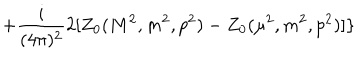
LaTeX: + \frac { i } { ( 4 \pi ) ^ { 2 } } 2 [ Z _ { 0 } ( M ^ { 2 } , m ^ { 2 } , p ^ { 2 } ) - Z _ { 0 } ( \mu ^ { 2 } , m ^ { 2 } , p ^ { 2 } ) ] \}